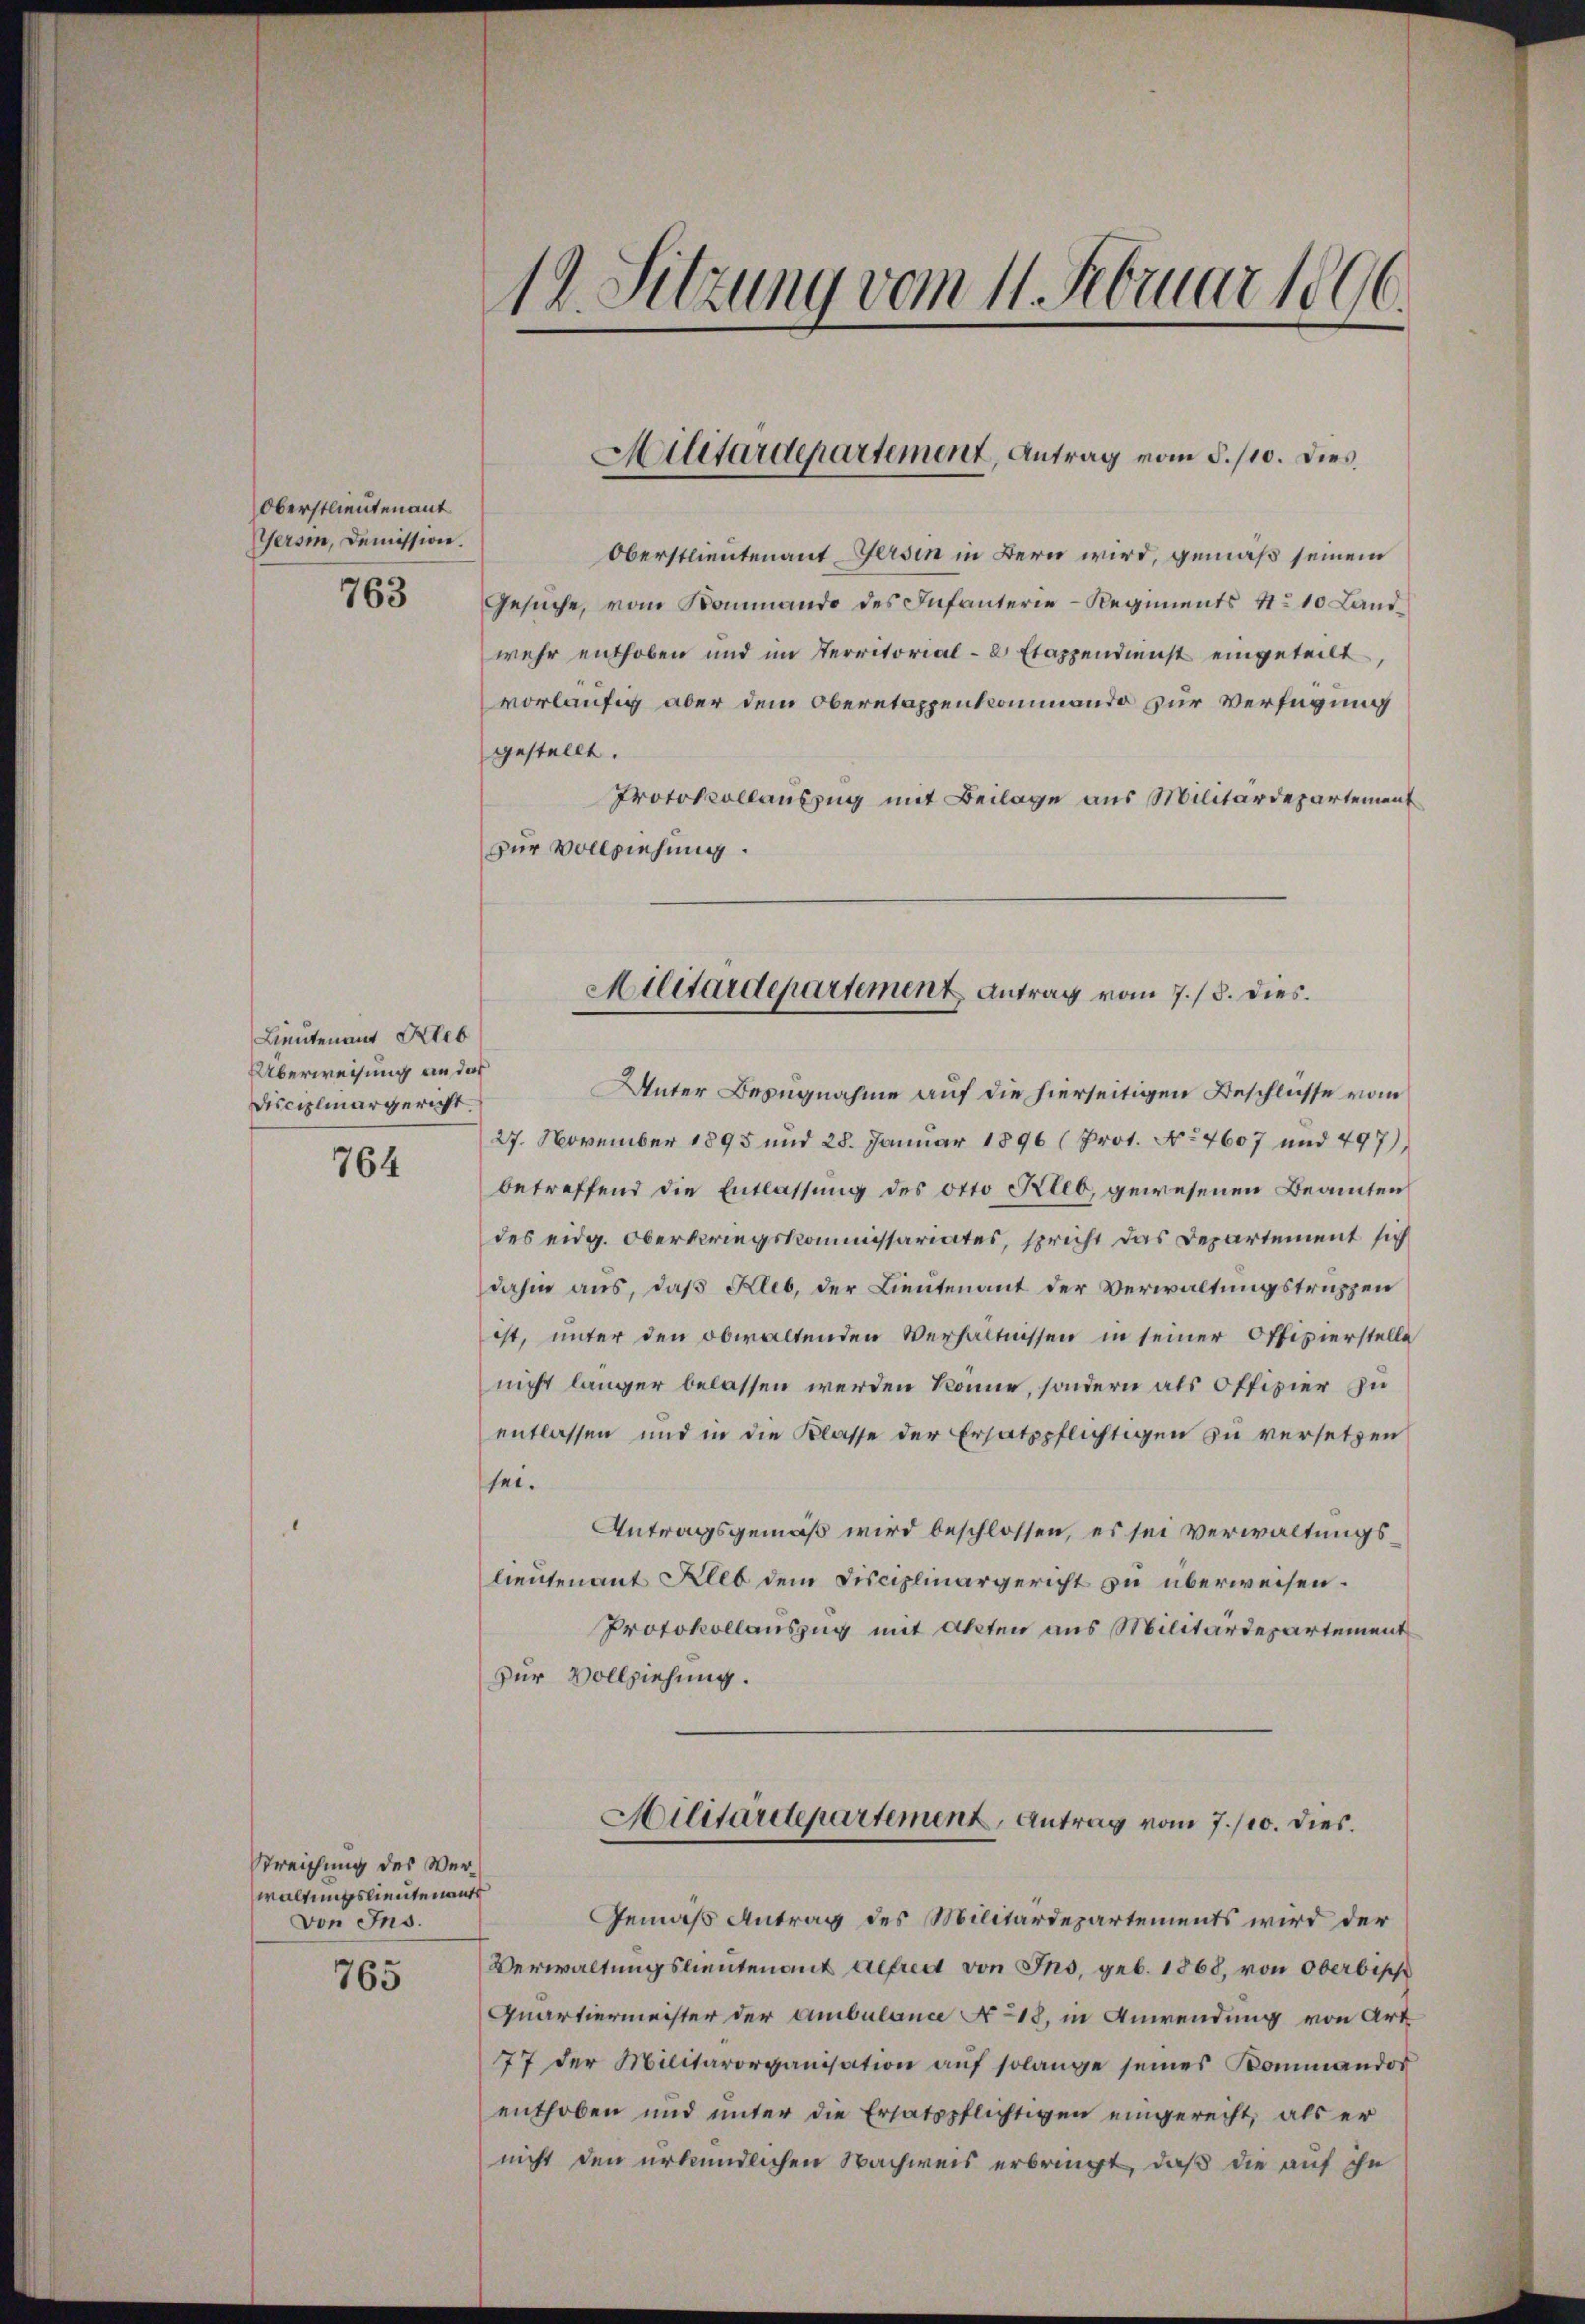
Oberstlieutenant
Versin, Demission.

763

Lieutenant Kleb
Überweisung an das
Disciplinargericht

764

Streichung des Verwaltungslieutenauf
von Ins.

765

19. Sitzung vom 11. Februar 1896.

Oberstlieutenant Gersin in Bern wird, gemäß seinem
Gesŭche, vom Kommando des Infanterie-Regiments No 10 Land
wehr enthoben und im Territorial-8 Etappendienst eingeteilt,
vorläufig aber dem Oberetappenkommando zur Verfügung
gestellt.
Protokollauszug mit Beilage aus Militärdepartement
zur Vollziehung.

Militärdepartement, Antrag vom 5./10. Dies
“

Unter Bezugnahme auf die hierseitigen Beschlusse vom
27. November 1895 und 28. Januar 1896 (Prot. No 7607 und 497),
betreffend die Entlassung des Otto Kleb, gewesenen Beamten
des eidg. Oberkriegskommissariates, spricht das Departement sich
dahin aus, daß Kleb, der Lieutenant der Verwaltungstruppen
ist, unter den obwaltenden Verhältnissen in seiner Offizierstelle
nicht länger belassen werden könne, sondern als Offizier zu
entlassen und in die Klasse der Ersatzpflichtigen zu versetzen
see.
Antragsgemäß wird beschlossen, es sei verwaltungslieutenant Allb dem Disciplinargericht zu überweisen.
Protokollauszug mit Akten aus Militärdepartement
zur Vollziehung.

Militärdepartement Antrag vom 7./8. dies

Hilitärdepartement, Antrag vom 7./10. dies

Gemäß Antrag des Militärdepartements wird der
Verwaltungsleutenant Alfred von Ins, geb. 1868, von Oberbisch
Quartiermeister der Ambulance Ao 18, in Anwendung von Art
77 der Militärorganisation aŭf solange seines Kommandor
enthoben und unter die Ersatzpflichtigen eingerecht, als er
nicht den urkundlichen Nachweis erbringt, daß die auf ihn